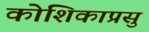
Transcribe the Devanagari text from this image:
कोशिकाप्रसु